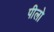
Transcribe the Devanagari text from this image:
पीलो